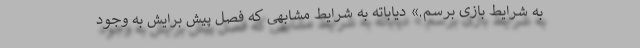
به شرایط بازی برسم.» دیاباته به شرایط مشابهی که فصل پیش برایش به وجود